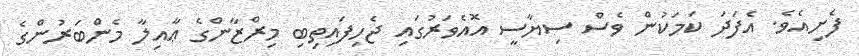
ފެށިއެވެ. އެފަދަ ކަމަކުން ވެސް ސިޔާސީ އޮއެވަރުގައި ޖެހިފައިތިބި މިރްޒާންގެ ޢާއިލާ މެންބަރުންގެ